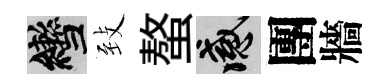
轡𦤺螯感團牆